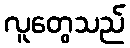
လူတွေသည်